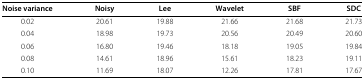
| Noise variance | Noisy | Lee | Wavelet | SBF | SDC |
 | --- | --- | --- | --- | --- | --- |
 | 0.02 | 20.61 | 19.88 | 21.66 | 21.68 | 21.73 |
 | 0.04 | 18.98 | 19.73 | 20.56 | 20.49 | 20.60 |
 | 0.06 | 16.80 | 19.46 | 18.18 | 19.05 | 19.84 |
 | 0.08 | 14.61 | 18.96 | 15.61 | 18.23 | 19.11 |
 | 0.10 | 11.69 | 18.07 | 12.26 | 17.81 | 17.67 |